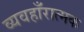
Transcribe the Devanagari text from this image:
व्यवहाँरात्मक